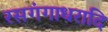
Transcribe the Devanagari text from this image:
रसगंगाधरादि